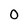
Character: 0